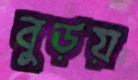
বুড়য়